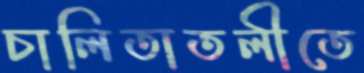
চালিতাতলীতে